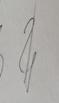
Signature authenticity: genuine